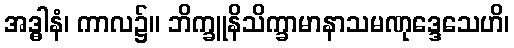
အဒ္ဓါနံ၊ ကာလ၌။ ဘိက္ခူနိသိက္ခာမာနာသမဏုဒ္ဒေသေဟိ၊